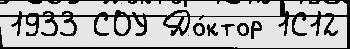
1933 СОУ До́ктор 1С12